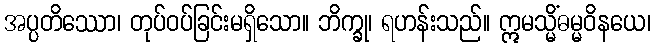
အပ္ပတိဿော၊ တုပ်ဝပ်ခြင်းမရှိသော။ ဘိက္ခု၊ ရဟန်းသည်။ ဣမသ္မိံဓမ္မဝိနယေ၊